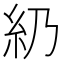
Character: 𥾋